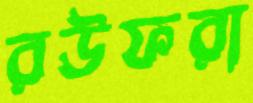
রউফরা